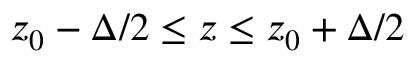
z _ { 0 } - \Delta / 2 \leq z \leq z _ { 0 } + \Delta / 2